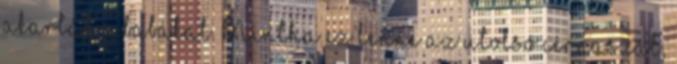
akarták a babákat. Mintha ez lenne az utolsó cérnaszál,